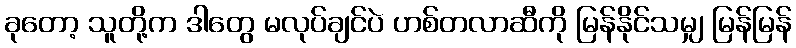
ခုတော့ သူတို့က ဒါတွေ မလုပ်ချင်ပဲ ဟစ်တလာဆီကို မြန်နိုင်သမျှ မြန်မြန်